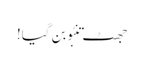
جھٹ تنبُو بن گیا!